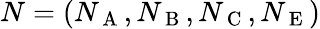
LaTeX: N=(N_{\mathrm{~A~}},N_{\mathrm{~B~}},N_{\mathrm{~C~}},N_{\mathrm{~E~}})